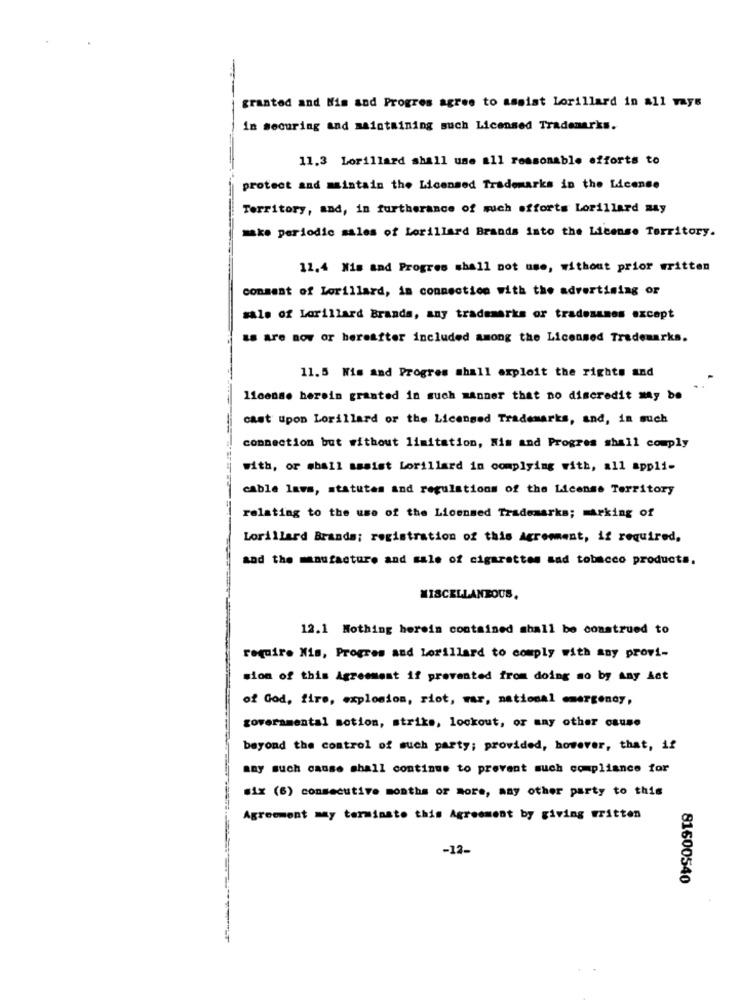
granted and His and Progres agree to assist Lorillard in all ways
in securing and maintaining such Licensed Trademarks.
11.3 Lorillard shall use all reasonable efforts to
protect and maintain the Licensed Trademarks in the License
Territory, and, in furtherance of much efforts Lorillard may
make periodic sales of Lorillard Brands into the License Territory.
11.4 Nis and Progres shall not use, without prior written
consent of Lorillard, in connection with the advertising or
sale of Lorillard Brands, any trademarks or tradenames except
ES are now or hereafter included among the Licensed Trademarks.
11.5 Wis and Progres shall exploit the rights and
license herein granted in such manner that no discredit may be
cast upon Lorillard or the Licensed Trademarks, and, in such
connection but without limitation, Wis and Progres shall comply
with, or sball assist Lorillard in complying with, all appli-
cable lavs, statutes and regulations of the License Territory
relating to the use of the Licensed Trademarks; mArking of
Lorillard Brands; registration of this Agreement, if required,
and the manufacture and sale of cigarettes sad tobacco products.
MISCELLANEOUS.
12.1 Nothing herein contained shall be construed to
require Nis, Progres and Lorillard to comply with any provi-
sion of this Agreement if prevented from doing so by Any Act
of God, fire, explosion, riot, war, national emergency,
governmental motion, striks, lockout, or any other cause
beyond the control of such party; provided, however, that, if
may such cause shall continue to prevent such compliance for
six (6) consecutive months or more, any other party to this
Agreement my terminato this Agreement by giving written
-12-
81600540